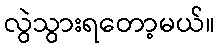
လွဲသွားရတော့မယ်။